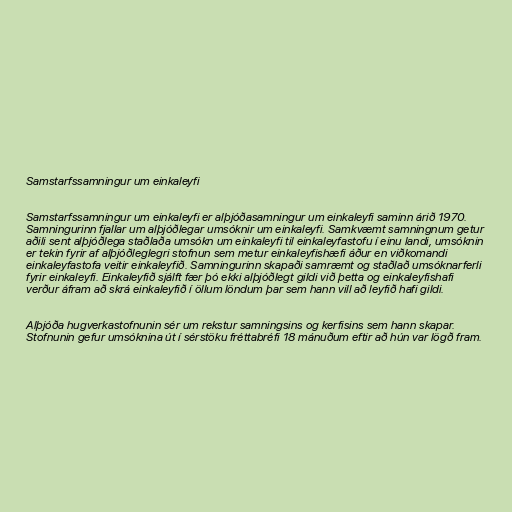
Samstarfssamningur um einkaleyfi

Samstarfssamningur um einkaleyfi er alþjóðasamningur um einkaleyfi saminn árið 1970.
Samningurinn fjallar um alþjóðlegar umsóknir um einkaleyfi. Samkvæmt samningnum getur
aðili sent alþjóðlega staðlaða umsókn um einkaleyfi til einkaleyfastofu í einu landi, umsóknin
er tekin fyrir af alþjóðleglegri stofnun sem metur einkaleyfishæfi áður en viðkomandi
einkaleyfastofa veitir einkaleyfið. Samningurinn skapaði samræmt og staðlað umsóknarferli
fyrir einkaleyfi. Einkaleyfið sjálft fær þó ekki alþjóðlegt gildi við þetta og einkaleyfishafi
verður áfram að skrá einkaleyfið í öllum löndum þar sem hann vill að leyfið hafi gildi.

Alþjóða hugverkastofnunin sér um rekstur samningsins og kerfisins sem hann skapar.
Stofnunin gefur umsóknina út í sérstöku fréttabréfi 18 mánuðum eftir að hún var lögð fram.